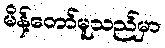
မိန့်တော်မူသည်မှာ